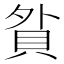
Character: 𧵏